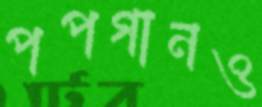
পপগানও